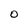
Character: O